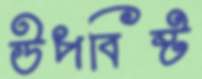
উপবিষ্ট